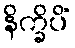
နိက္ခိပိံ